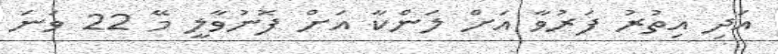
އަދި އިތުރު ފަރުވާ އަށް ލަންކާ އަށް ފޮނުވާލީ މޭ 22 ވަނަ